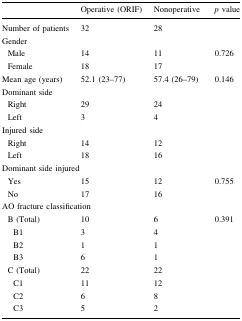
|  | Operative (ORIF) | Nonoperative | p value |
 | --- | --- | --- | --- |
 | Number of patients | 32 | 28 |  |
 | <COLSPAN=4> Gender |
 | Male | 14 | 11 | <ROWSPAN=2> 0.726 |
 | Female | 18 | 17 |
 | Mean age (years) | 52.1 (23–77) | 57.4 (26–79) | 0.146 |
 | <COLSPAN=4> Dominant side |
 | Right | 29 | 24 |  |
 | Left | 3 | 4 |  |
 | <COLSPAN=4> Injured side |
 | Right | 14 | 12 |  |
 | Left | 18 | 16 |  |
 | <COLSPAN=4> Dominant side injured |
 | Yes | 15 | 12 | <ROWSPAN=2> 0.755 |
 | No | 17 | 16 |
 | <COLSPAN=4> AO fracture classification |
 | B (Total) | 10 | 6 | <ROWSPAN=8> 0.391 |
 | B1 | 3 | 4 |
 | B2 | 1 | 1 |
 | B3 | 6 | 1 |
 | C (Total) | 22 | 22 |
 | C1 | 11 | 12 |
 | C2 | 6 | 8 |
 | C3 | 5 | 2 |